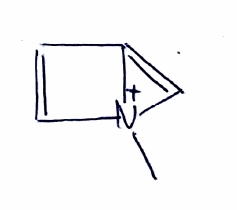
Simplified molecular-input line-entry system (SMILES) notation of the given molecule:
C[N+]12C=CC1=C2